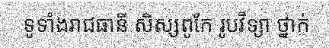
ទូទាំងរាជធានី សិស្សពូកែ រូបវិទ្យា ថ្នាក់